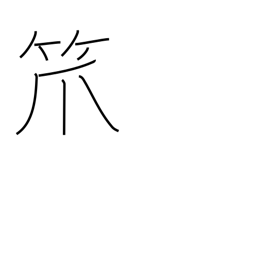
Meaning: bamboo basket